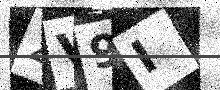
Text: ZV9I